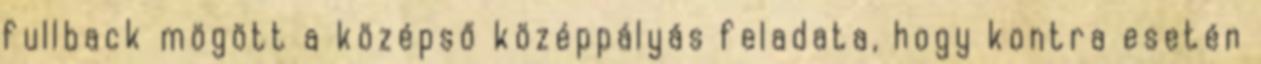
fullback mögött a középső középpályás feladata, hogy kontra esetén